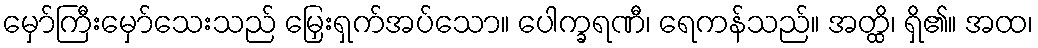
မှော်ကြီးမှော်သေးသည် မြှေးရှက်အပ်သော။ ပေါက္ခရဏီ၊ ရေကန်သည်။ အတ္ထိ၊ ရှိ၏။ အထ၊